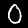
Digit: 0